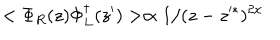
LaTeX: < \Phi _ { R } ( z ) \Phi _ { L } ^ { \dagger } ( z ^ { \prime } ) > \propto 1 / ( z - z ^ { * } ) ^ { 2 x }